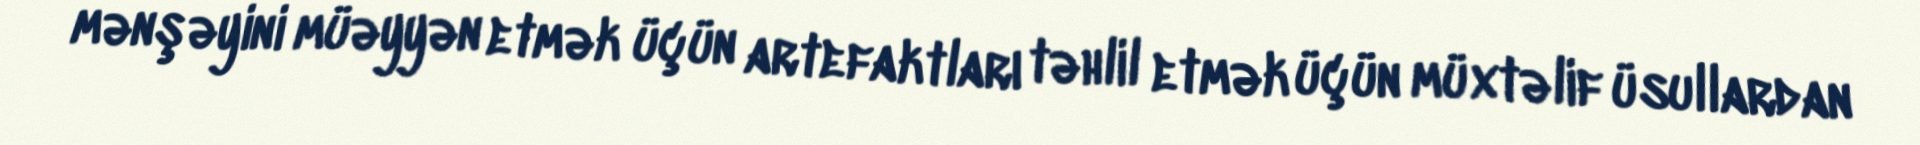
mənşəyini müəyyən etmək üçün artefaktları təhlil etmək üçün müxtəlif üsullardan